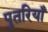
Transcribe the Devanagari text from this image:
पुतरियाँ